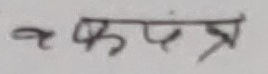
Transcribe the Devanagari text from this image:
कप्त्र